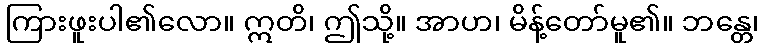
ကြားဖူးပါ၏လော။ ဣတိ၊ ဤသို့။ အာဟ၊ မိန့်တော်မူ၏။ ဘန္တေ၊